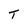
Character: T